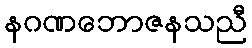
နဂဏဘောဇနသညီ